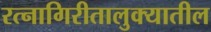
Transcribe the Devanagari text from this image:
रत्‍नागिरीतालुक्यातील